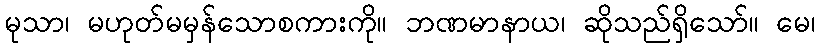
မုသာ၊ မဟုတ်မမှန်သောစကားကို။ ဘဏမာနာယ၊ ဆိုသည်ရှိသော်။ မေ၊